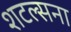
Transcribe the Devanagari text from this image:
शटल्सना